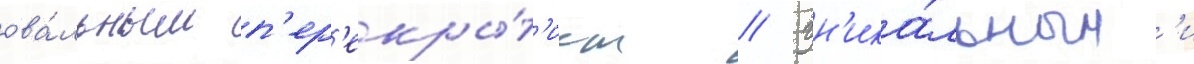
ова́льным п'ер'екры́т'ием // Ун'ика́льным'и